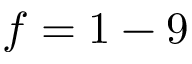
f = 1 - 9